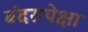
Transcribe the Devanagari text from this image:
बंदरापेक्षा